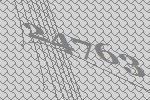
24763